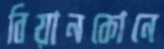
বিয়ানকোনে